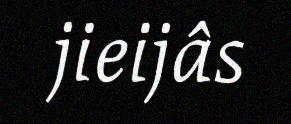
jieijâs